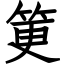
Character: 筻